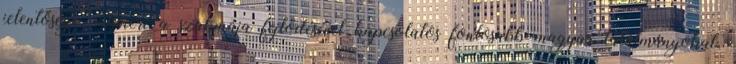
jelentősége. Ismeri a szakmája fejlődésével kapcsolatos fontosabb magyar találmányokat,